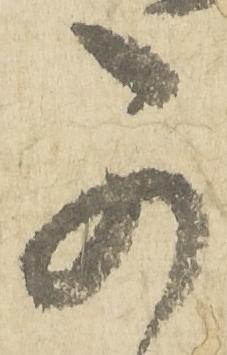
可